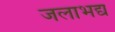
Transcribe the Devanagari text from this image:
जलाभद्य